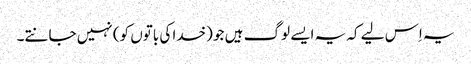
یہ اِس لیے کہ یہ ایسے لوگ ہیں جو (خدا کی باتوں کو) نہیں جانتے۔